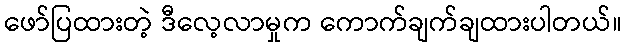
ဖော်ပြထားတဲ့ ဒီလေ့လာမှုက ကောက်ချက်ချထားပါတယ်။